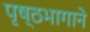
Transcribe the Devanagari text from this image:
पृष्ठभागाने